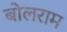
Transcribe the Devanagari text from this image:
बोलराम